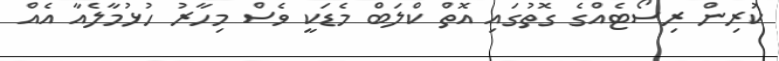
ކުރިން ރިސޯޓެއްގެ ގޮތުގައި އޮތް ކްލަބް މެޑަކީ ވެސް މިހާރު ހުޅުމާލެއާ އެއް